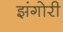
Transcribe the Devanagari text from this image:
झंगोरी